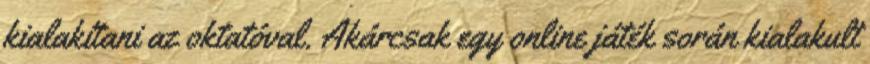
kialakítani az oktatóval. Akárcsak egy online játék során kialakult